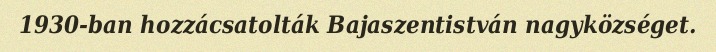
1930-ban hozzácsatolták Bajaszentistván nagyközséget.